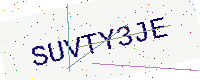
Text: SUVTY3JE